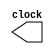
//  programmed by BaHaDoR Pajouhesh NiA
//  last modification 2023-October-04

module Clock_Generator (clock); //module definition

output reg clock; //input and output section

initial
	clock = 1'b 0; //initialization at time 0

always
	begin
		# 100
		clock = ~ clock; //after every 100 unit of time invert the clock
	end

//	second way to write :)
//	initial
//	begin
//		clock = 0;
//		forever
//		begin
//			#100 clock = ~clock; //after every 100 unit of time invert the clock
//		end
//	end

endmodule